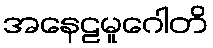
အနေဠမူဂေါတိ